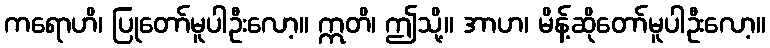
ကရောဟိ၊ ပြုတော်မူပါဦးလော့။ ဣတိ၊ ဤသို့။ အာဟ၊ မိန့်ဆိုတော်မူပါဦးလော့။